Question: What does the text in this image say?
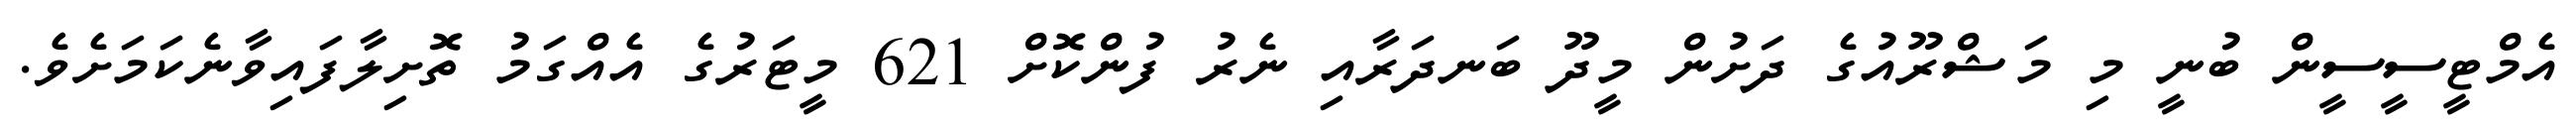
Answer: އެމްޓީސީސީން ބުނީ މި މަޝްރޫއުގެ ދަށުން މީދޫ ބަނދަރާއި ނެރު ފުންކޮށް 621 މީޓަރުގެ އެއްގަމު ތޮށިލާފައިވާނެކަމަށެވެ.